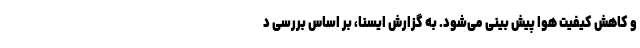
و کاهش کیفیت هوا پیش بینی می‌شود. به گزارش ایسنا، بر اساس بررسی د